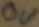
Text: 0V